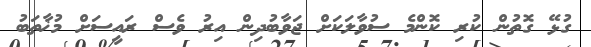
ގުޅޭ ގޮތުން ކުރި ކޮންމެ ސުވާލަކަށް ޖަވާބުދިން އިރު ވެސް ރައީސަށް މުޚާތަބު